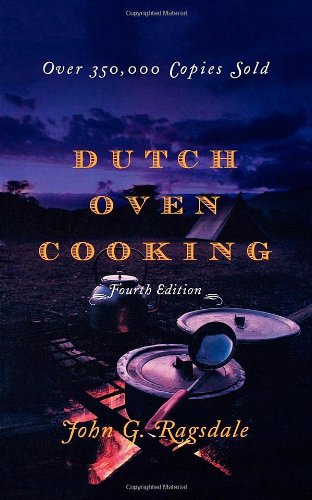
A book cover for Dutch Oven Cooking; John G. Ragsdale; Cookbooks, Food & Wine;